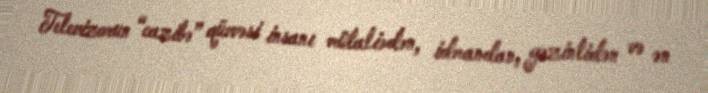
Televizorun “cazibə” qüvvəsi insanı mütaliədən, idmandan, gəzintidən və ən